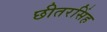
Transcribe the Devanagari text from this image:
छीतरसिंह